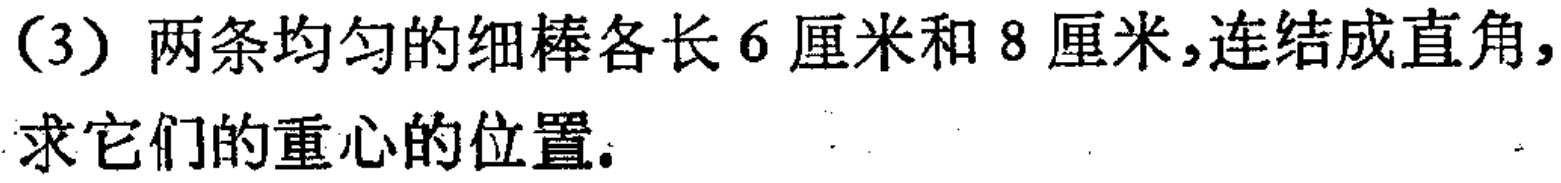
(3) 两条均匀的细棒各长 6 厘米和 8 厘米，连结成直角，求它们的重心的位置。